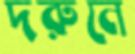
দরুনে